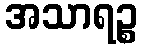
အသာရဉ္စ